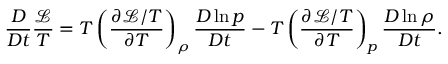
\frac { D } { D t } \frac { \mathcal { L } } { T } = T \left( \frac { \partial \mathcal { L } / T } { \partial T } \right) _ { \rho } \frac { D \ln p } { D t } - T \left( \frac { \partial \mathcal { L } / T } { \partial T } \right) _ { p } \frac { D \ln \rho } { D t } .